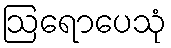
ဩရောပေသုံ